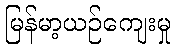
မြန်မာ့ယဉ်ကျေးမှု